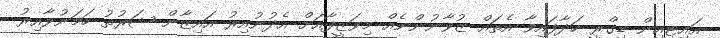
އައިޓީއިން ޑިގްރީ ހަދާފައިވާ އެތައް ޒުވާނުންނެއް މިވަޒީފާއަށް އެދުނުއިރު އައިޒާން ޝަރުތު ހަމަނުވާއިރު